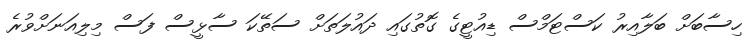
ހިސާބަށް ބަލާއިރު ކަސްޓަމްސް ޑިއުޓީގެ ގޮތުގައި ދައުލަތަށް ސަތޭކަ ސާޅީސް ފަސް މިލިއަނަށްވުރެ